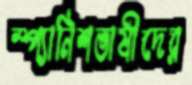
স্প্যানিশভাষীদের